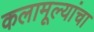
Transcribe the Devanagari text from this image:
कलामूल्यांचा